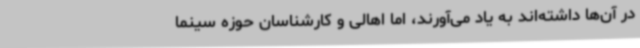
در آن‌ها داشته‌اند به یاد می‌آورند، اما اهالی و کارشناسان حوزه سینما